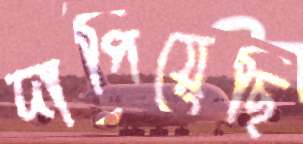
দাপিয়েছি